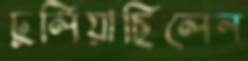
ঢুলিয়াছিলেন